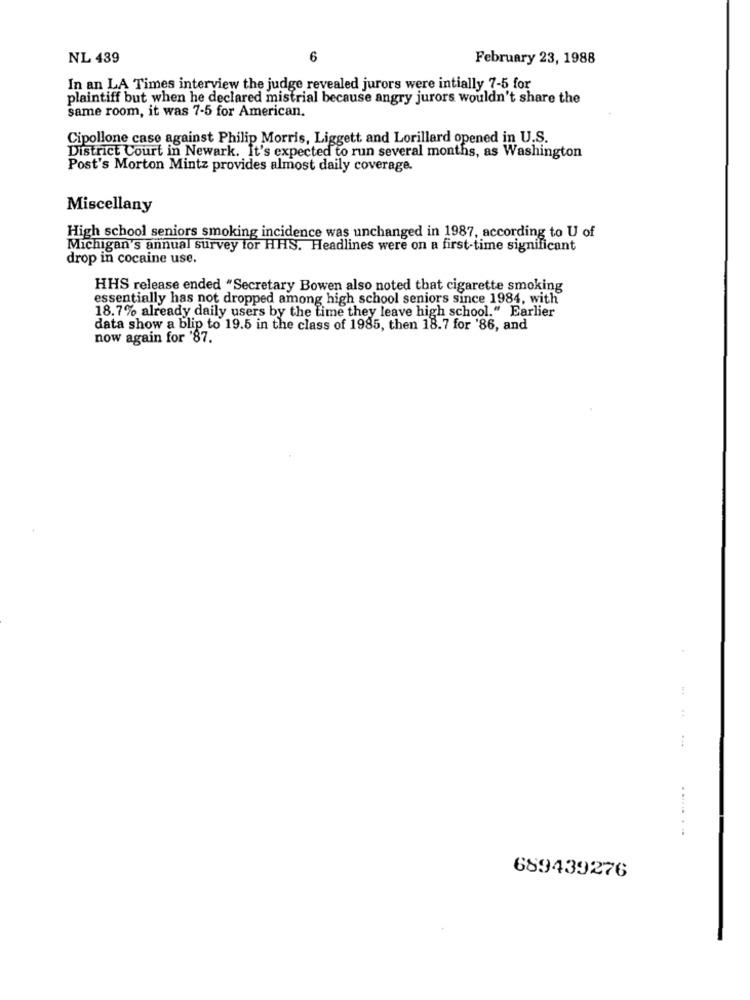
NL 439
6
February 23, 1988
In an LA Times interview the judge revealed jurors were intially 7-5 for
plaintiff but when he declared mistrial because angry jurors wouldn't share the
same room, it was 7-5 for American.
Cipollone case against Philip Morris, Liggett and Lorillard opened in U.S.
District Court in Newark. It's expected to run several months, as Washington
Post's Morton Mintz provides almost daily coverage.
Miscellany
High school seniors smoking incidence was unchanged in 1987, according to U of
Michigan's annual survey for HHS. Headlines were on a first-time significant
drop in cocaine use.
HHS release ended "Secretary Bowen also noted that cigarette smoking
essentially has not dropped among high school seniors since 1984, with
18.7% already daily users by the time they leave high school." Earlier
data show a blip to 19.5 in the class of 1985, then 18.7 for '86, and
now again for '87.
...
........
689439276